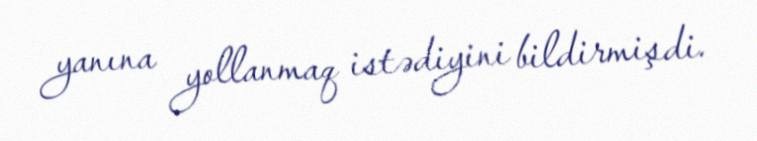
yanına yollanmaq istədiyini bildirmişdi.